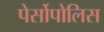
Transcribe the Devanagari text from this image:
पेर्सोपोलिस